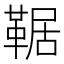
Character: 𩋜